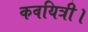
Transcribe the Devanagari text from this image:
कवयित्री।